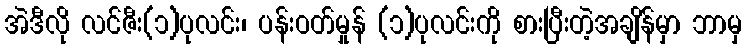
အဲဒီလို လင်ဇီး(၁)ပုလင်း၊ ပန်းဝတ်မှုန် (၁)ပုလင်းကို စားပြီးတဲ့အချိန်မှာ ဘာမှ